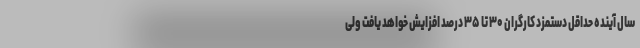
سال آینده حداقل دستمزد کارگران ۳۰ تا ۳۵ درصد افزایش خواهد یافت ولی